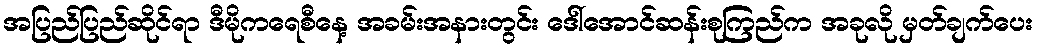
အပြည်ပြည်ဆိုင်ရာ ဒီမိုကရေစီနေ့ အခမ်းအနားတွင်း ဒေါ်အောင်ဆန်းစုကြည်က အခုလို မှတ်ချက်ပေး